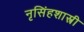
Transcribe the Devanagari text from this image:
नृसिंहशास्त्री